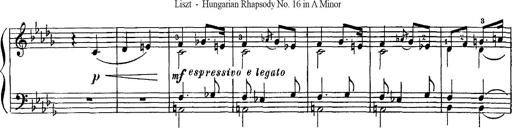
Title: Hungarian Rhapsody No.16
Composer: Franz Liszt
Key: A minor